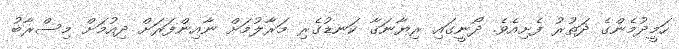
ހަމީދުމެންގެ ދަތުރު ފެށިއެވެ. ދޯނީގައި ރިޔާނަގާ ކަނޑުގެރި މަރާލުމަށް ނާއިންފަރަށް ދިއުމަށް މިސްރާބު